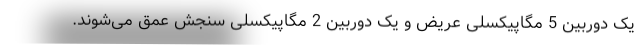
یک دوربین 5 مگاپیکسلی عریض و یک دوربین 2 مگاپیکسلی سنجش عمق می‌شوند.